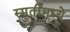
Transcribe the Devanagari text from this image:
स्मृतींमध्ये